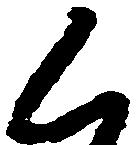
く